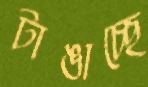
টাঙাচ্ছে